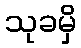
သုခမှိ